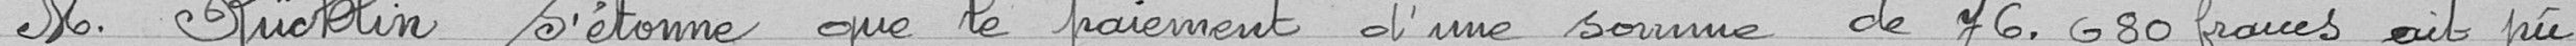
Monsieur Rücklin s'étonne que le paiement d'une somme de 76,680 francs eût pu